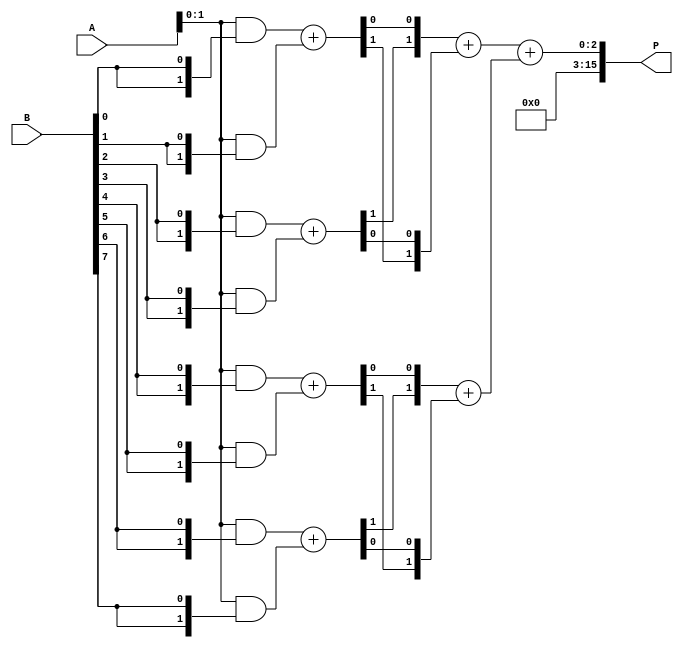
module wallace_tree_multiplier #(parameter N = 8) (
    input  [N-1:0] A,
    input  [N-1:0] B,
    output [2*N-1:0] P
);

    // Partial product generation
    wire [N-1:0] pp [0:N-1]; // Partial products
    genvar i;
    generate
        for (i = 0; i < N; i = i + 1) begin : pp_gen
            assign pp[i] = A & {N{B[i]}};
        end
    endgenerate

    // Wallace tree reduction
    wire [N-1:0] sum [0:N-1]; // Sums at each level
    wire [N-1:0] carry [0:N-1]; // Carries at each level

    // Level 1: Combine partial products using half and full adders
    genvar j;
    generate
        for (j = 0; j < N-1; j = j + 1) begin : level1
            if (j % 2 == 0) begin
                assign {carry[0][j/2], sum[0][j/2]} = pp[j] + pp[j+1];
            end
        end
    endgenerate

    // Level 2: Continue reduction
    generate
        for (j = 0; j < (N/2)-1; j = j + 1) begin : level2
            assign {carry[1][j], sum[1][j]} = {carry[0][j*2+1], sum[0][j*2]} + {carry[0][j*2], sum[0][j*2+1]};
        end
    endgenerate

    // Final addition stage
    wire [2*N-1:0] final_sum;
    assign final_sum = {carry[1][0], sum[1][0]} + {carry[1][1], sum[1][1]};

    // Output the final product
    assign P = final_sum;

endmodule